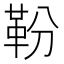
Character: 𩉵